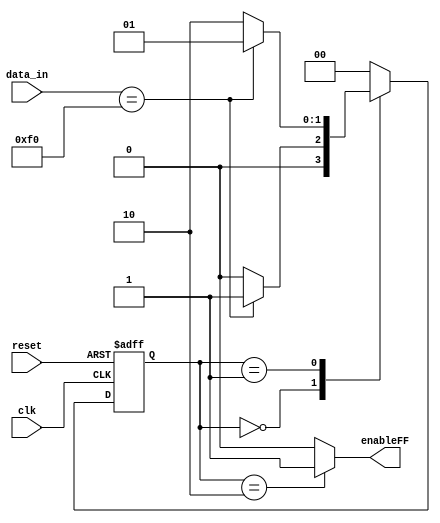
`timescale 1ns / 1ps
//////////////////////////////////////////////////////////////////////////////////
// Company: 
// Engineer: 
// 
// Design Name: 
// Module Name:    MaquinaF0 
// Project Name: 
// Target Devices: 
// Tool versions: 
// Description: 
//
// Dependencies: 
//
// Revision: 
// Revision 0.01 - File Created
// Additional Comments: 
//
//////////////////////////////////////////////////////////////////////////////////
module MaquinaF0
#(parameter N = 8)
	(
	input wire clk, reset, //	Clock y reset
	input wire [N-1:0] data_in,// Banderas de entrada
	output reg enableFF// Salidas, definidas como reg
);

//*********************************************************

localparam [1:0] // Codificacion de los estados o etiquetas 
	inicio = 2'b00,
	estado_1 = 2'b01,
	estado_2 = 2'b10,
	estado_3 = 2'b11;

reg [1:0] estado, estado_proximo; // Reg, estado actual y siguiente 


//*********************************************************
//Parte Secuencial

always@(posedge clk, posedge reset)
	if (reset)
		estado <= inicio;
	else
		estado <= estado_proximo;


//*********************************************************

//Parte Combinacional
always@*
begin
   		
	estado_proximo = estado;
	enableFF = 1'b0;
	
	
	case(estado)
		
		inicio:
			begin
			
			case (data_in)
				8'hF0:
					begin
					estado_proximo = estado_1;
					end
				
				default:
					begin
					estado_proximo = inicio;
					end
			endcase
			end
			
		estado_1:
			begin
			
			case (data_in)
				8'hF0:
					begin
					estado_proximo = estado_1;
					enableFF = 1'b0;
					end
				
				default:
					begin
					estado_proximo = estado_2;
					end
			endcase
			end	
			
		estado_2:
			begin
			enableFF = 1'b1;
			
			estado_proximo = inicio;
			end
			
		default:
			begin
			enableFF = 1'b0;
			estado_proximo = inicio;
			end
			
	endcase
end
endmodule